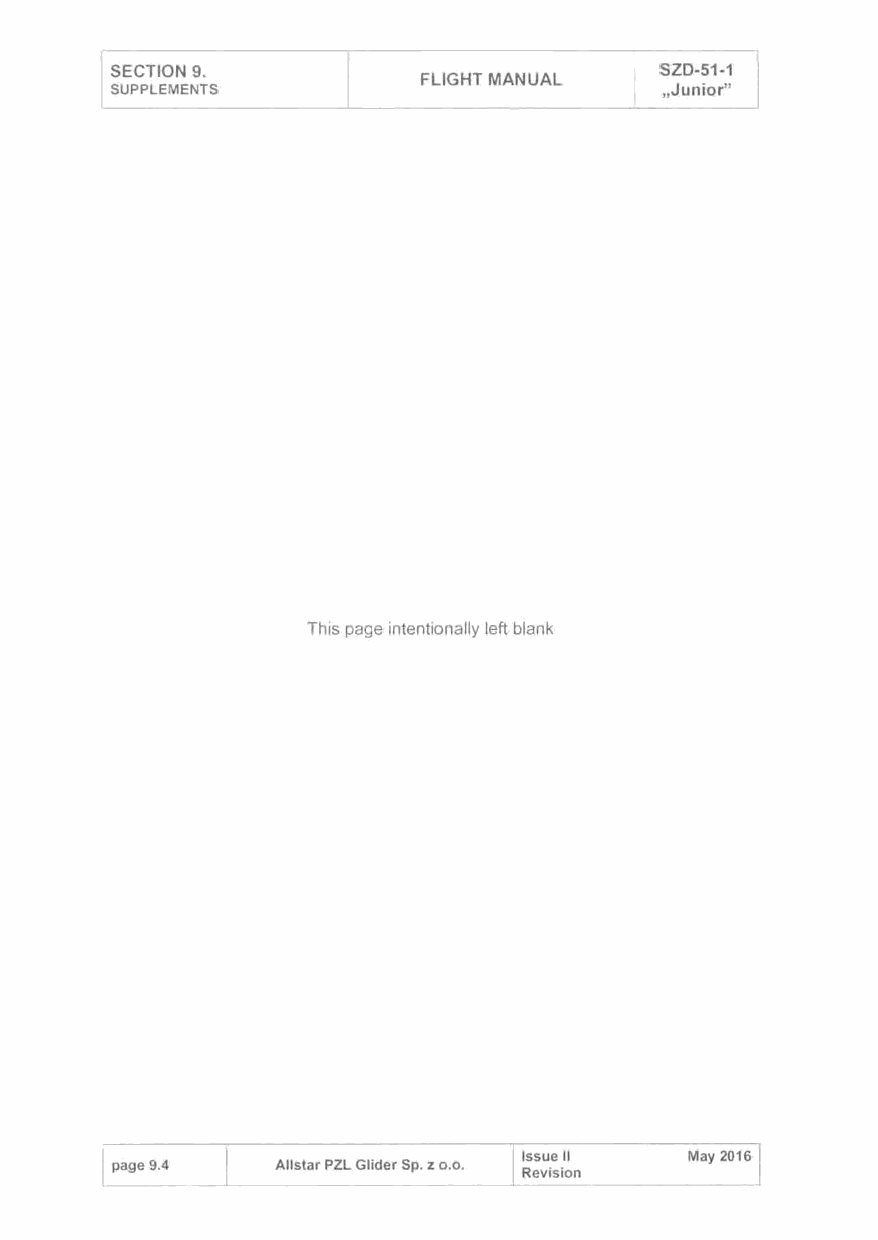
SECTION 9.                          SZD-51-1
 FLIGHT MANUAL
 SUPPLEMENTS                         ,Junior"
 This page intentionally left blank
 Issue 11   May 2016
 page 9.4  All star PZL Glider Sp. z o.o.
 Revision